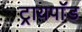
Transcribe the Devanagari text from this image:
ट्रायपाॅड